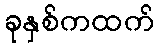
ခုနှစ်ကထက်